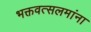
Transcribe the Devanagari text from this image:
भक्तवत्सलमांना